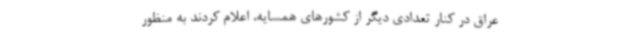
عراق در کنار تعدادی دیگر از کشورهای همسایه، اعلام کردند به منظور